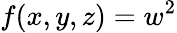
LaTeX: f(x,y,z)=w^{2}